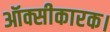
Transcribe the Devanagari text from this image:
ऑक्सीकारक।